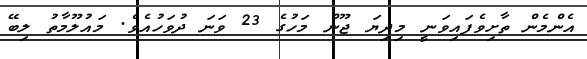
އެންމެން ތާށިވެފައިވަނީ މިދިޔަ ޖޫން މަހުގެ 23 ވަނަ ދުވަހުއެވެ. މައުލޫމާތު ލިބޭ